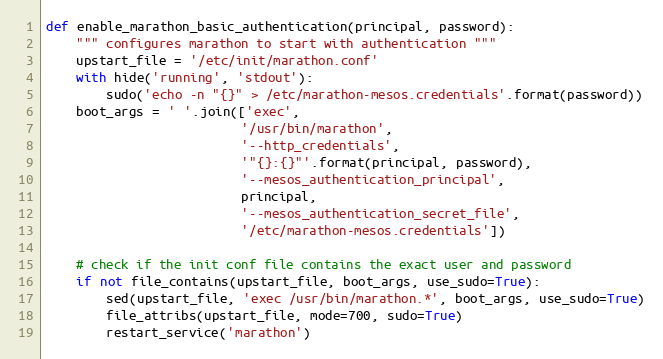
Language: Python
def enable_marathon_basic_authentication(principal, password):
    """ configures marathon to start with authentication """
    upstart_file = '/etc/init/marathon.conf'
    with hide('running', 'stdout'):
        sudo('echo -n "{}" > /etc/marathon-mesos.credentials'.format(password))
    boot_args = ' '.join(['exec',
                          '/usr/bin/marathon',
                          '--http_credentials',
                          '"{}:{}"'.format(principal, password),
                          '--mesos_authentication_principal',
                          principal,
                          '--mesos_authentication_secret_file',
                          '/etc/marathon-mesos.credentials'])

    # check if the init conf file contains the exact user and password
    if not file_contains(upstart_file, boot_args, use_sudo=True):
        sed(upstart_file, 'exec /usr/bin/marathon.*', boot_args, use_sudo=True)
        file_attribs(upstart_file, mode=700, sudo=True)
        restart_service('marathon')